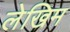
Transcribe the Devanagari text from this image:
लेखिम